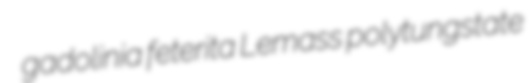
gadolinia feterita Lemass polytungstate